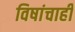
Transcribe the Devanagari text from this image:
विषांचाही